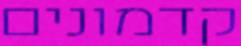
קדמונים